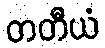
တတီယံ